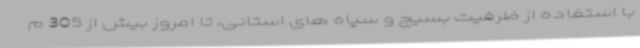
با استفاده از ظرفیت بسیج و سپاه های استانی، تا امروز بیش از 305 م